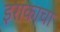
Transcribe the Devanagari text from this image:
इराकाचा